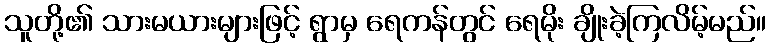
သူတို့၏ သားမယားများဖြင့် ရွာမှ ရေကန်တွင် ရေမိုး ချိုးခဲ့ကြလိမ့်မည်။